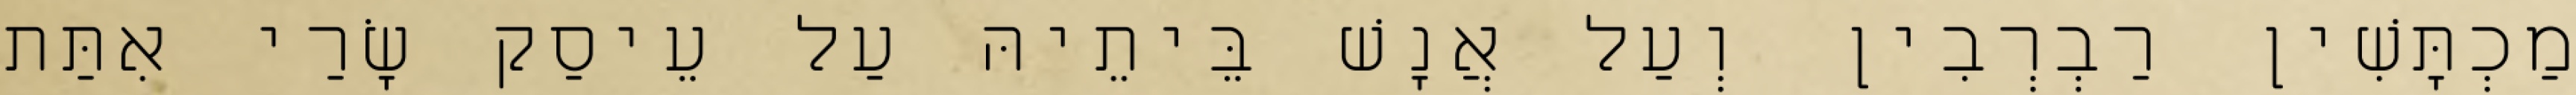
מַכְתָּשִׁין רַבְרְבִין וְעַל אֲנָשׁ בֵּיתֵיהּ עַל עֵיסַק שָׂרַי אִתַּת